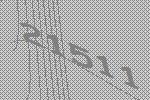
21511